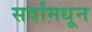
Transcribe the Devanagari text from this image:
सर्वांमधून